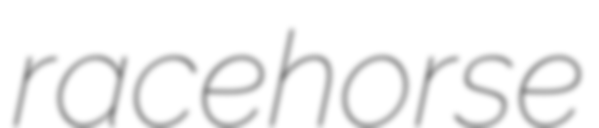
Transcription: racehorse